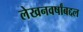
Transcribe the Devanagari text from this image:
लेखनवर्षांबद्दल